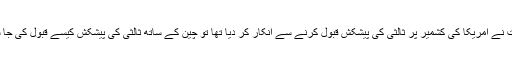
جب بھارت نے امریکا کی کشمیر پر ثالثی کی پیشکش قبول کرنے سے انکار کر دیا تھا تو چین کے ساتھ ثالثی کی پیشکش کیسے قبول کی جا سکتی ہے۔